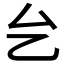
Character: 𱑢